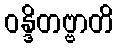
ဝန္ဒိတဗ္ဗာတိ